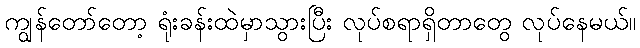
ကျွန်တော်တော့ ရုံးခန်းထဲမှာသွားပြီး လုပ်စရာရှိတာတွေ လုပ်နေမယ်။